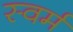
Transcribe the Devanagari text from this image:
स्वर्म